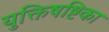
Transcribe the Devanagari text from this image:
युक्तिषष्टिका